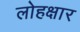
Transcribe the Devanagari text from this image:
लोहक्षार